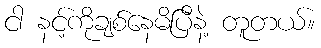
ငါ နင့်ကိုချစ်နေမိပြီနဲ့ တူတယ်။